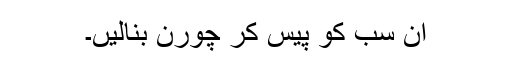
ان سب کو پیس کر چورن بنالیں۔